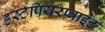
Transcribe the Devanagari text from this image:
हर्स्टपियरप्वाइंट